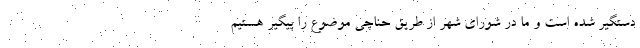
دستگیر شده است و ما در شورای شهر از طریق حناچی موضوع را پیگیر هستیم